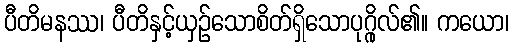
ပီတိမနဿ၊ ပီတိနှင့်ယှဉ်သောစိတ်ရှိသောပုဂ္ဂိုလ်၏။ ကယော၊